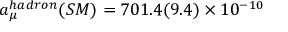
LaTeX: a _ { \mu } ^ { h a d r o n } ( S M ) = 7 0 1 . 4 ( 9 . 4 ) \times 1 0 ^ { - 1 0 }